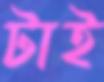
টাই